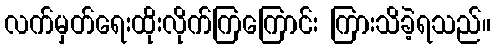
လက်မှတ်ရေးထိုးလိုက်ကြကြောင်း ကြားသိခဲ့ရသည်။